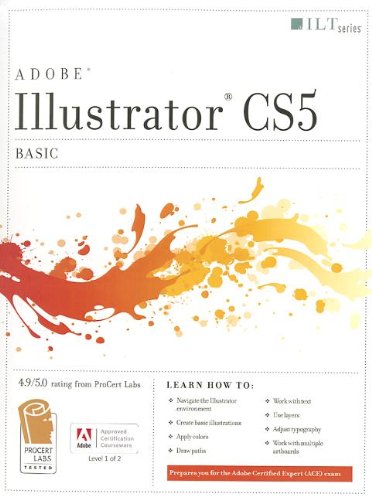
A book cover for Illustrator Cs5: Basic, Ace Edition + Certblaster (ILT); Computers & Technology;